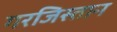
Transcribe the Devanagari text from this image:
गरजिस्तान